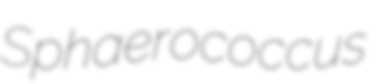
Sphaerococcus